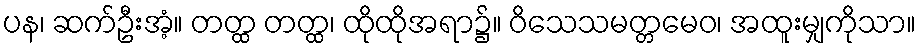
ပန၊ ဆက်ဦးအံ့။ တတ္ထ တတ္ထ၊ ထိုထိုအရာ၌။ ဝိသေသမတ္တမေဝ၊ အထူးမျှကိုသာ။